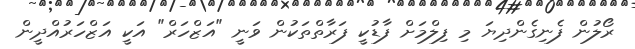
ރޯލުން ފެނިގެންދިޔަ މި ފިލްމަށް ފާޑުކީ ފަރާތްތަކުން ވަނީ "އަޒްހަރް" އަކީ އަޒްހަރުއްދީން